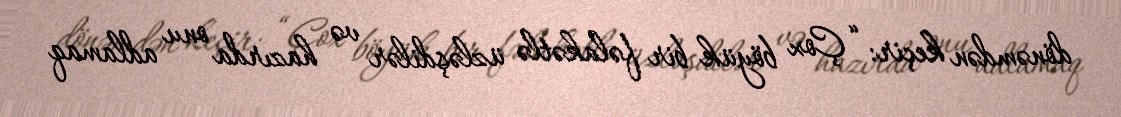
dönəmdən keçir: “Çox böyük bir fəlakətlə üzləşdilər və hazırda onu adlamaq